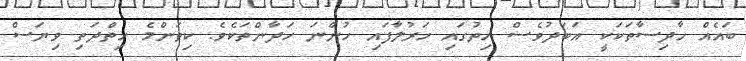
ބައެއް ހާދިސާތަކަކީ އަބަދުވެސް ހިތުގައި ހަރުލާފައި ހުންނަ ހަދާންތަކެވެ. ކިތަންމެ ހިތްދަތި ވިޔަސް